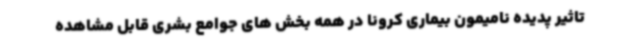
تاثیر پدیده نامیمون بیماری کرونا در همه بخش های جوامع بشری قابل مشاهده